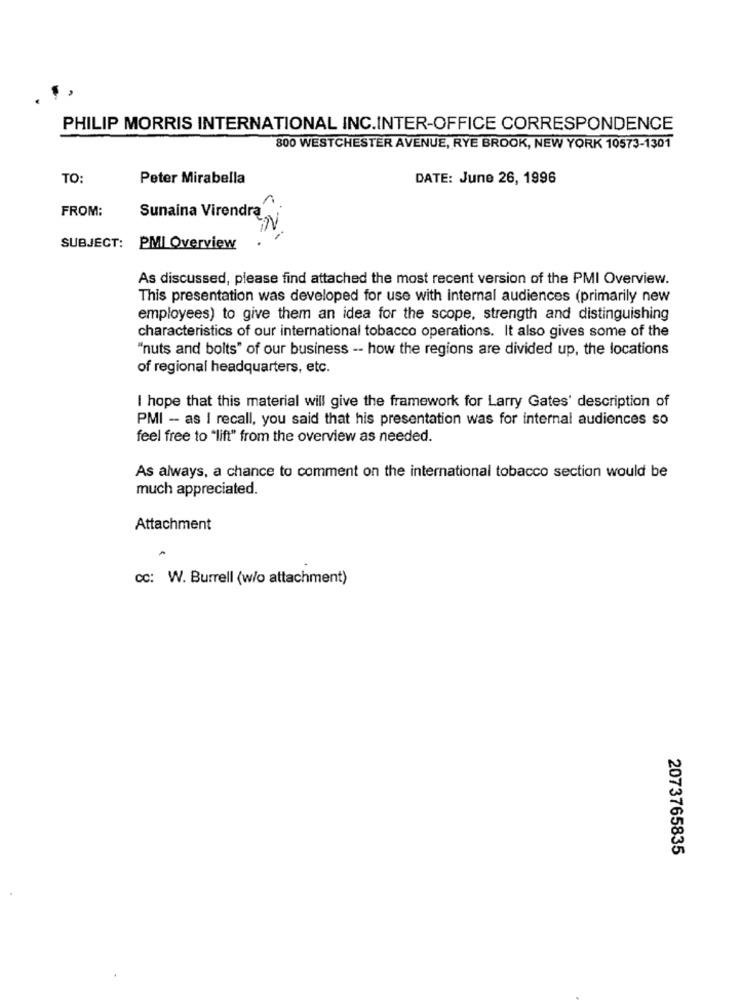
PHILIP MORRIS INTERNATIONAL INC.INTER-OFFICE CORRESPONDENCE
800 WESTCHESTER AVENUE, RYE BROOK, NEW YORK 10573-1301
TO:
Peter Mirabella
DATE: June 26, 1996
FROM:
Sunaina Virendra
2.
SUBJECT:
PMI Overview
As discussed, please find attached the most recent version of the PMI Overview.
This presentation was developed for use with internal audiences (primarily new
employees) to give them an idea for the scope, strength and distinguishing
characteristics of our international tobacco operations. It also gives some of the
"nuts and bolts" of our business -- how the regions are divided up, the locations
of regional headquarters, etc.
I hope that this material will give the framework for Larry Gates' description of
PMI - as I recall, you said that his presentation was for internal audiences so
feel free to "lift" from the overview as needed.
As always, a chance to comment on the international tobacco section would be
much appreciated.
Attachment
cc: W. Burrell (w/o attachment)
2073765835